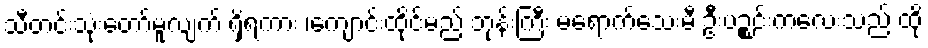
သီတင်းသုံးတော်မူလျက် ရှိရကား ၊ကျောင်းထိုင်မည့် ဘုန်းကြီး မရောက်သေးမီ ဦးပဉ္စင်းကလေးသည် ထို